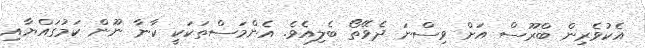
އެކުވެރިން ބްރޫސް އަށް ވިސްނަ ދެވޭތޯ ބެލިއެވެ. އެންމަސްތަކަކީ ކާނާ ނޫން ކަމުގައްޔާއި